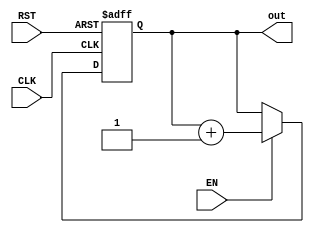
module contadorFinal(
    input CLK,RST,EN,
    output [6:0] out
    );
   
   parameter COUNTER_WIDTH = 7;

   reg [COUNTER_WIDTH-1:0] count = {COUNTER_WIDTH{1'b0}};
   
   always @(posedge CLK,posedge RST)
      if (RST)
         count <= {COUNTER_WIDTH{1'b0}};
      else if (EN)
         count <= count + 1'b1;
   assign out=count;
endmodule